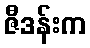
ဇီဒန်းက